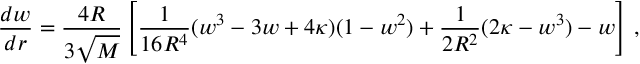
\frac { d w } { d r } = \frac { 4 R } { 3 \sqrt { M } } \left[ \frac { 1 } { 1 6 R ^ { 4 } } ( w ^ { 3 } - 3 w + 4 \kappa ) ( 1 - w ^ { 2 } ) + \frac { 1 } { 2 R ^ { 2 } } ( 2 \kappa - w ^ { 3 } ) - w \right] \, ,